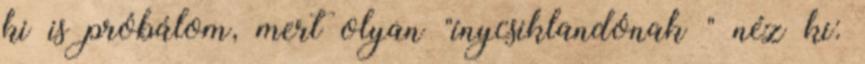
ki is próbálom, mert olyan "ínycsiklandónak " néz ki: